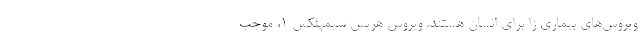
ویروس‌های بیماری زا برای انسان هستند. ویروس هرپس سیمپلکس ۱، موجب